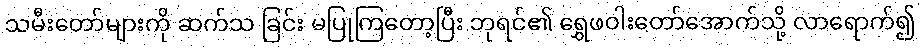
သမီးတော်များကို ဆက်သ ခြင်း မပြုကြတော့ပြီး ဘုရင်၏ ရွှေဖဝါးတော်အောက်သို့ လာရောက်၍